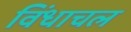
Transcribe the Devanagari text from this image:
विंधाचल